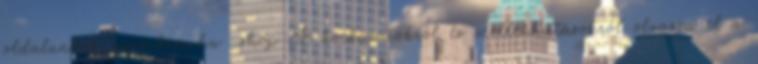
oldalunkat: www.benu.hu shop A kockázatokról és mellékhatásokról olvassa el a